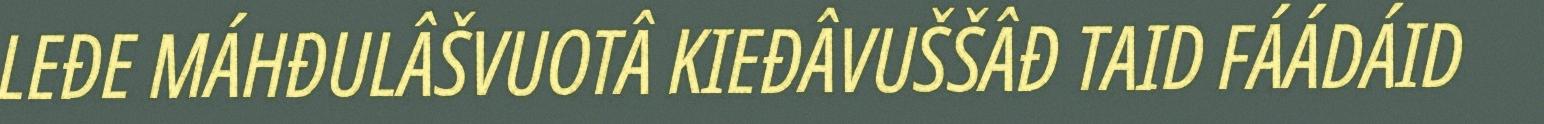
LEĐE MÁHĐULÂŠVUOTÂ KIEĐÂVUŠŠÂĐ TAID FÁÁDÁID